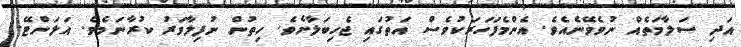
އަދި ސަލާމަތެއް ނުވެވޭނެއެވެ. އެންމެފަހަރަކުވެސް އަތުގައި ޖެހިބަލާށެވެ. ހިތުން ނުފިލާވަރު ކުރާނަމެވެ. އަލަންޓޭ.